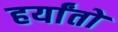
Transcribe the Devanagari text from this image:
हर्यांतो